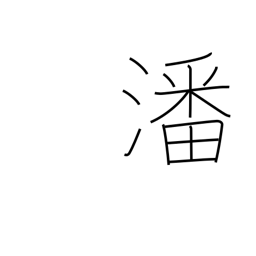
Meaning: water in which rice has been washed